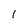
Character: 1